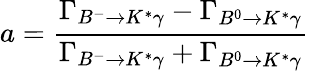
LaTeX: a=\frac{\Gamma_{B^{-}\to K^{*}\gamma}-\Gamma_{B^{0}\to K^{*}\gamma}}{\Gamma_{B^{-}\to K^{*}\gamma}+\Gamma_{B^{0}\to K^{*}\gamma}}